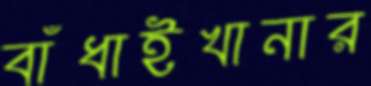
বাঁধাইখানার